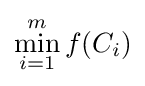
\min _{i=1}^{m}f(C_{i})